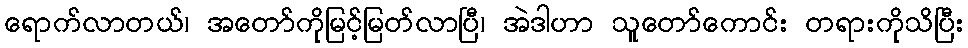
ရောက်လာတယ်၊ အတော်ကိုမြင့်မြတ်လာပြီ၊ အဲဒါဟာ သူတော်ကောင်း တရားကိုသိပြီး